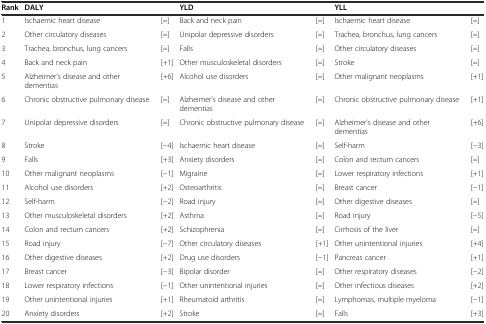
<table><thead><tr><td><b>Rank</b></td><td><b>DALY</b></td><td>[EMPTY_CELL]</td><td><b>YLD</b></td><td>[EMPTY_CELL]</td><td><b>YLL</b></td><td>[EMPTY_CELL]</td></tr></thead><tbody><tr><td>1</td><td>Ischaemic heart disease</td><td>[=]</td><td>Back and neck pain</td><td>[=]</td><td>Ischaemic heart disease</td><td>[=]</td></tr><tr><td>2</td><td>Other circulatory diseases</td><td>[=]</td><td>Unipolar depressive disorders</td><td>[=]</td><td>Trachea, bronchus, lung cancers</td><td>[=]</td></tr><tr><td>3</td><td>Trachea, bronchus, lung cancers</td><td>[=]</td><td>Falls</td><td>[=]</td><td>Other circulatory diseases</td><td>[=]</td></tr><tr><td>4</td><td>Back and neck pain</td><td>[+1]</td><td>Other musculoskeletal disorders</td><td>[=]</td><td>Stroke</td><td>[=]</td></tr><tr><td>5</td><td>Alzheimer’s disease and other dementias</td><td>[+6]</td><td>Alcohol use disorders</td><td>[=]</td><td>Other malignant neoplasms</td><td>[+1]</td></tr><tr><td>6</td><td>Chronic obstructive pulmonary disease</td><td>[=]</td><td>Alzheimer’s disease and other dementias</td><td>[=]</td><td>Chronic obstructive pulmonary disease</td><td>[+1]</td></tr><tr><td>7</td><td>Unipolar depressive disorders</td><td>[=]</td><td>Chronic obstructive pulmonary disease</td><td>[=]</td><td>Alzheimer’s disease and other dementias</td><td>[+6]</td></tr><tr><td>8</td><td>Stroke</td><td>[−4]</td><td>Ischaemic heart disease</td><td>[=]</td><td>Self-harm</td><td>[−3]</td></tr><tr><td>9</td><td>Falls</td><td>[+3]</td><td>Anxiety disorders</td><td>[=]</td><td>Colon and rectum cancers</td><td>[=]</td></tr><tr><td>10</td><td>Other malignant neoplasms</td><td>[−1]</td><td>Migraine</td><td>[=]</td><td>Lower respiratory infections</td><td>[+1]</td></tr><tr><td>11</td><td>Alcohol use disorders</td><td>[+2]</td><td>Osteoarthritis</td><td>[=]</td><td>Breast cancer</td><td>[−1]</td></tr><tr><td>12</td><td>Self-harm</td><td>[−2]</td><td>Road injury</td><td>[=]</td><td>Other digestive diseases</td><td>[=]</td></tr><tr><td>13</td><td>Other musculoskeletal disorders</td><td>[+2]</td><td>Asthma</td><td>[=]</td><td>Road injury</td><td>[−5]</td></tr><tr><td>14</td><td>Colon and rectum cancers</td><td>[+2]</td><td>Schizophrenia</td><td>[=]</td><td>Cirrhosis of the liver</td><td>[=]</td></tr><tr><td>15</td><td>Road injury</td><td>[−7]</td><td>Other circulatory diseases</td><td>[+1]</td><td>Other unintentional injuries</td><td>[+4]</td></tr><tr><td>16</td><td>Other digestive diseases</td><td>[+2]</td><td>Drug use disorders</td><td>[−1]</td><td>Pancreas cancer</td><td>[+1]</td></tr><tr><td>17</td><td>Breast cancer</td><td>[−3]</td><td>Bipolar disorder</td><td>[=]</td><td>Other respiratory diseases</td><td>[−2]</td></tr><tr><td>18</td><td>Lower respiratory infections</td><td>[−1]</td><td>Other unintentional injuries</td><td>[=]</td><td>Other infectious diseases</td><td>[+2]</td></tr><tr><td>19</td><td>Other unintentional injuries</td><td>[+1]</td><td>Rheumatoid arthritis</td><td>[=]</td><td>Lymphomas, multiple myeloma</td><td>[−1]</td></tr><tr><td>20</td><td>Anxiety disorders</td><td>[+2]</td><td>Stroke</td><td>[=]</td><td>Falls</td><td>[+3]</td></tr></tbody></table>